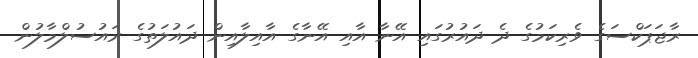
ރާޖަޕަކްސަގެ ވެރިކަމުގެ ދެ ދައުރުގައި އޭނާ އާއި އޭނާގެ އާއިލާއިން ދައުލަތުގެ ރައުސުލްމާލުން